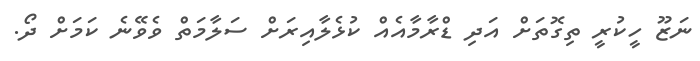
ނަޒޫ ހީކުރީ ތިގޮތަށް އަދި ޑްރާމާއެއް ކުޅެލާއިރަށް ސަލާމަތް ވެވޭނެ ކަމަށް ދޯ.